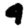
Digit: 4